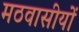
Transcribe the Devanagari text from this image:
मठवासीयों